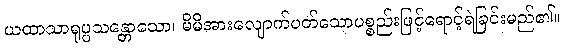
ယထာသာရုပ္ပသန္တောသော၊ မိမိအားလျောက်ပတ်သောပစ္စည်းဖြင့်ရောင့်ရဲခြင်းမည်၏။